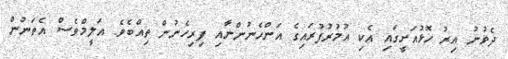
ދެވުނު އިރު ހޮޅުއަށީގައި އެކި އުމުރުފުރައިގެ އަންހެނުންނާއި ފިރިހެނުން ތިއްބެވެ. އަލީމްވެސް އެތަނުން